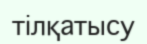
тілқатысу